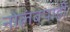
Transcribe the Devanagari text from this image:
नोलंबपाड़ी